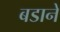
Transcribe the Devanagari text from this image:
बडाने